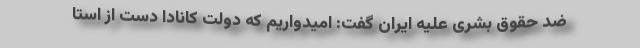
ضد حقوق بشری علیه ایران گفت: امیدواریم که دولت کانادا دست از استا